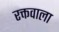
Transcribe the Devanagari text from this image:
रक्तवाला